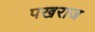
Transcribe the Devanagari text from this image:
पखराज